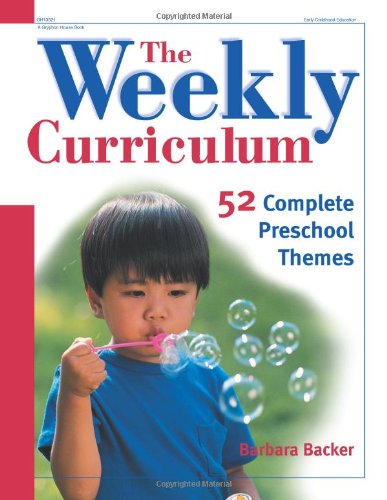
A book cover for The Weekly Curriculum Book: 52 Complete Preschool Themes; Barbara Backer; Education & Teaching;